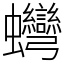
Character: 䘎